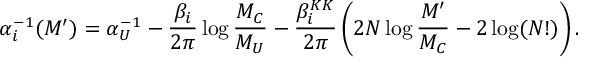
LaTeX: \alpha _ { i } ^ { - 1 } ( M ^ { \prime } ) = \alpha _ { U } ^ { - 1 } - \frac { \beta _ { i } } { 2 \pi } \log \frac { M _ { C } } { M _ { U } } - \frac { \beta _ { i } ^ { K K } } { 2 \pi } \left( 2 N \log \frac { M ^ { \prime } } { M _ { C } } - 2 \log ( N ! ) \right) .